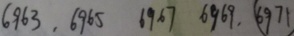
6 9 6 3 , 6 9 6 5 6 9 6 7 6 9 6 9 , \textcircled { 6 9 7 1 }